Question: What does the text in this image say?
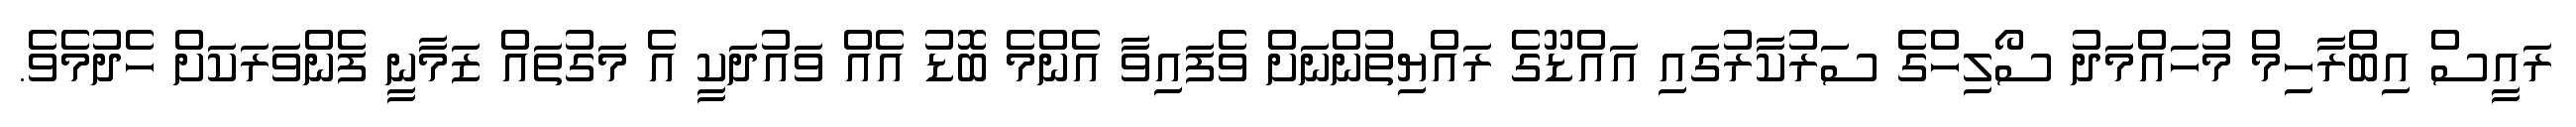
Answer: ރައީސް އިބްރާހިމް މުހައްމަދު ސޯލިހްގެ ސަރުކާރުގައި އައްޑޫގެ ރައްޔިތުންނަށް ވެފައިވާ އެންމެ ބޮޑު އެއް ވައުދަކީ އެ މަގުތައް ޒަމާނީ ފެންވަރަކަށް ހެދުމެވެ.